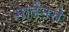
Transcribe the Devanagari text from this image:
गार्डनसे